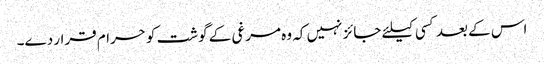
اس کے بعد کسی کیلئے جائز نہیں کہ وہ مرغی کے گوشت کو حرام قرار دے۔